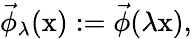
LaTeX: \vec{\phi}_{\lambda}(\textrm{x}):=\vec{\phi}(\lambda\textrm{x}),